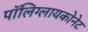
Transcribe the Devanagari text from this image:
पॉलिग्लायकोनेट